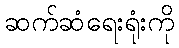
ဆက်ဆံရေးရုံးကို